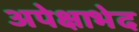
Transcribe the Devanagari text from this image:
अपेक्षाभेद